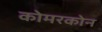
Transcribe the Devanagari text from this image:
कोमरकोन